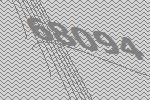
68094